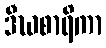
ဒီဃစာရိကာ